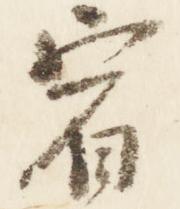
宿